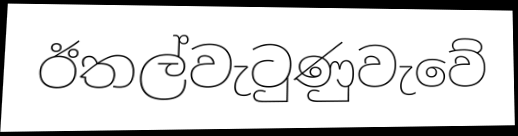
ඊතල්වැටුණුවැවේ